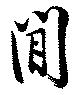
閒